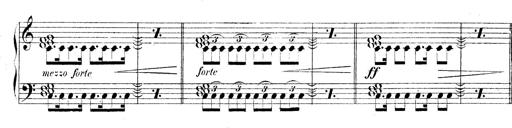
Title: Technische Studien
Composer: Franz Liszt